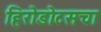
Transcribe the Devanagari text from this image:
हिरोडोटसचा